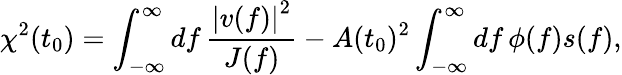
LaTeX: \chi^{2}(t_{0})=\int_{-\infty}^{\infty}\mathop{df}\frac{\left|v(f)\right|^{2}}{J(f)}-A(t_{0})^{2}\int_{-\infty}^{\infty}\mathop{df}\phi(f)s(f),